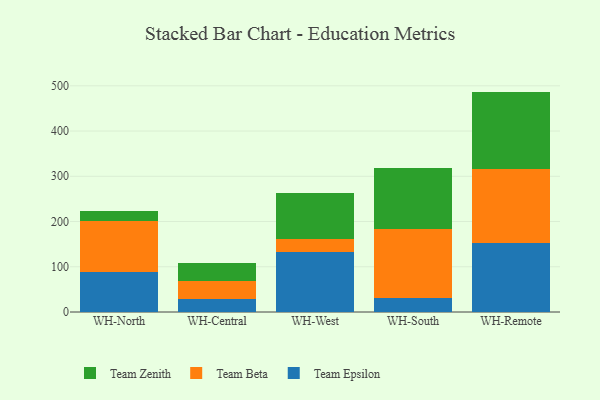
{"axis": {"x": "Warehouse", "y": "Operating Costs (USD K)"}, "legend": ["Team Beta", "Team Epsilon", "Team Zenith"], "data": [{"x": "WH-North", "y": 87.6, "type": "Team Epsilon"}, {"x": "WH-North", "y": 113.6, "type": "Team Beta"}, {"x": "WH-North", "y": 21.0, "type": "Team Zenith"}, {"x": "WH-Central", "y": 29.5, "type": "Team Epsilon"}, {"x": "WH-Central", "y": 39.6, "type": "Team Beta"}, {"x": "WH-Central", "y": 39.9, "type": "Team Zenith"}, {"x": "WH-West", "y": 131.8, "type": "Team Epsilon"}, {"x": "WH-West", "y": 28.8, "type": "Team Beta"}, {"x": "WH-West", "y": 103.2, "type": "Team Zenith"}, {"x": "WH-South", "y": 31.5, "type": "Team Epsilon"}, {"x": "WH-South", "y": 152.7, "type": "Team Beta"}, {"x": "WH-South", "y": 134.4, "type": "Team Zenith"}, {"x": "WH-Remote", "y": 153.1, "type": "Team Epsilon"}, {"x": "WH-Remote", "y": 162.3, "type": "Team Beta"}, {"x": "WH-Remote", "y": 171.8, "type": "Team Zenith"}]}